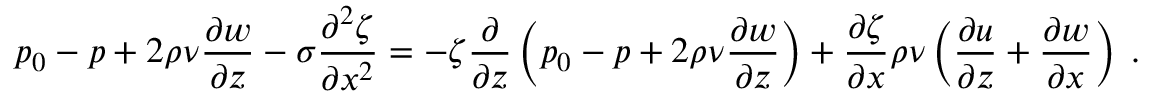
p _ { 0 } - p + 2 \rho \nu \frac { \partial w } { \partial z } - \sigma \frac { \partial ^ { 2 } \zeta } { \partial x ^ { 2 } } = - \zeta \frac { \partial } { \partial z } \left( p _ { 0 } - p + 2 \rho \nu \frac { \partial w } { \partial z } \right) + \frac { \partial \zeta } { \partial x } \rho \nu \left( \frac { \partial u } { \partial z } + \frac { \partial w } { \partial x } \right) \; .